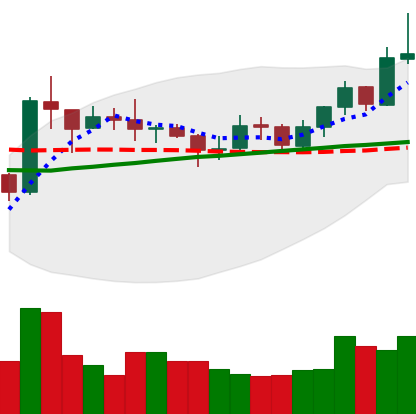
Ticker: XRP-USD
Chart end date: 2020-07-26
Forward return: 20.431%
Label: up_7plus